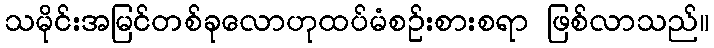
သမိုင်းအမြင်တစ်ခုလောဟုထပ်မံစဉ်းစားစရာ ဖြစ်လာသည်။